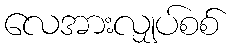
လေအားလျှပ်စစ်